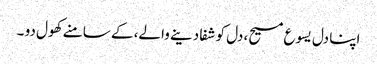
اپنا دل یسوع مسیح، دل کو شفا دینے والے، کے سامنے کھول دو ۔